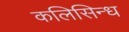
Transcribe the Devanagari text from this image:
कलिसिन्ध